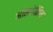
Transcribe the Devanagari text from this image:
औसवेसिम